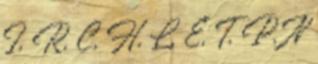
I, R, C, H, L, E, T, P, N